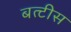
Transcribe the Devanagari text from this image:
बत्टीस